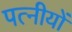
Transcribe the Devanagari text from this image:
पत्नीयों